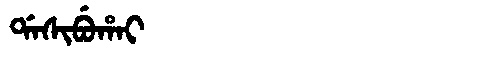
Manchu: ᡩᠠᠰᡳᠪᡠᡥᠠᡳ
Romanization: DASIBUHAI